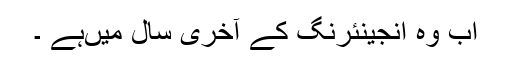
اب وہ انجینئرنگ کے آخری سال میںہے ۔